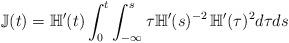
LaTeX: \begin{align*}\mathbb{J}(t) = \mathbb{H}'(t) \int_{0}^{t} \int_{-\infty}^{s} \tau \mathbb{H}'(s)^{-2} \, \mathbb{H}'(\tau)^{2} d\tau ds\end{align*}